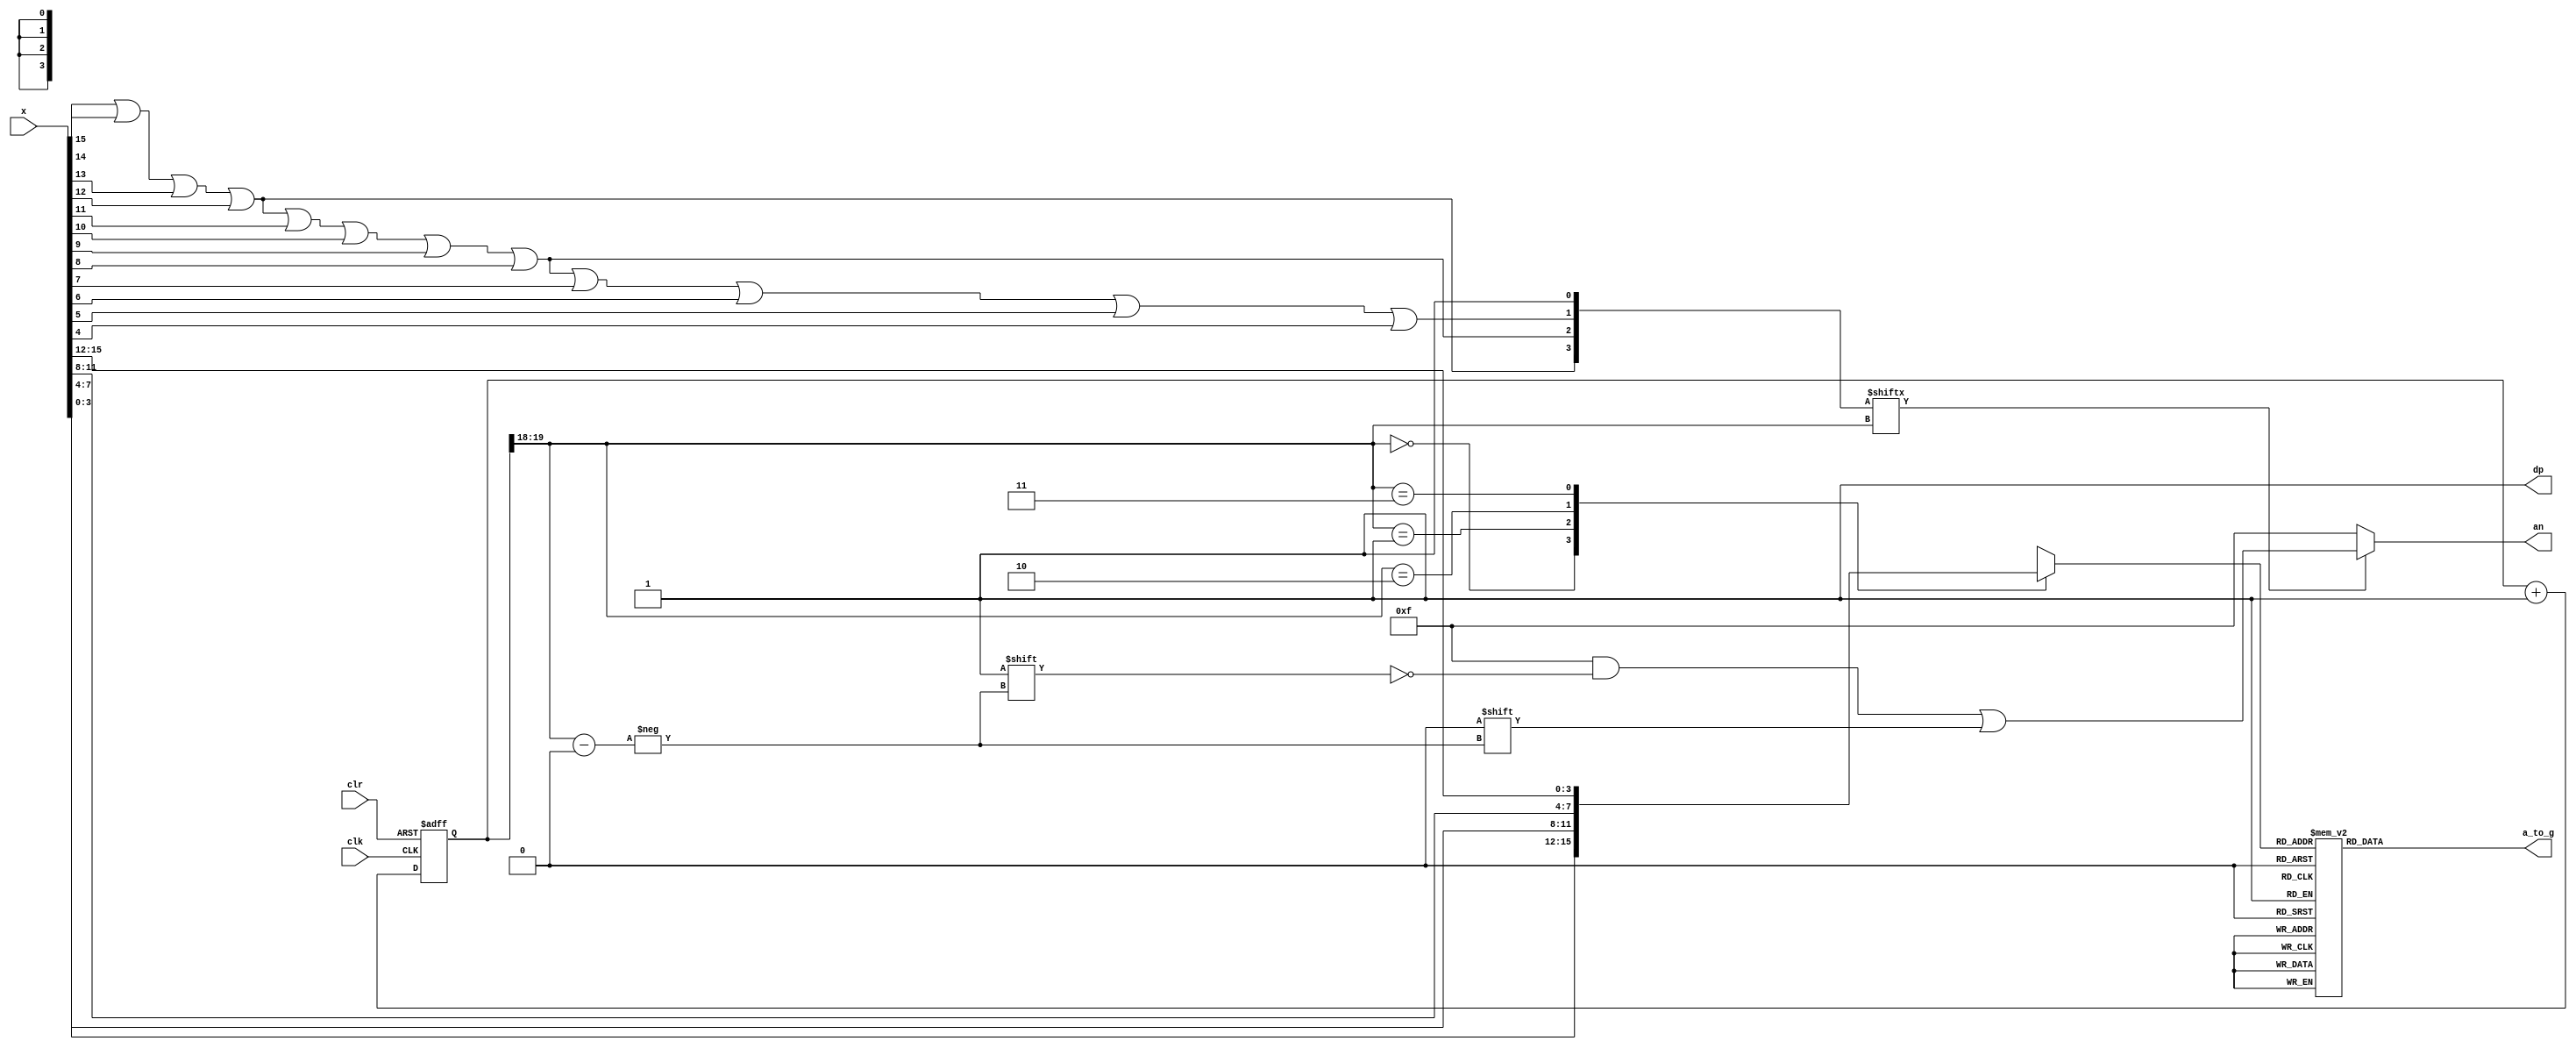
module x7segb(
  input wire [15:0] x,
  input wire clk,
  input wire clr,
  output reg [6:0] a_to_g,
  output reg [3:0] an,
  output wire dp
);
  wire [1:0] s;
  reg [3:0] digit;
  wire [3:0] aen;
  reg [19:0] clkdiv;
  assign dp = 1;
  assign s = clkdiv[19:18];  //count every 5.2ms
  assign aen[3] = x[15]|x[14]|x[13]|x[12];
  assign aen[2] = x[15]|x[14]|x[13]|x[12]|x[11]|x[10]|x[9]|x[8];
  assign aen[1] = x[15]|x[14]|x[13]|x[12]|x[11]|x[10]|x[9]|x[8]|x[7]|x[6]|x[5]|x[4];
  assign aen[0] = 1;
  //4-bits 4mux1
  always @ (*)
    case(s)
      0 : digit = x[3:0];
	  1 : digit = x[7:4];
	  2 : digit = x[11:8];
	  3 : digit = x[15:12];
	  default : digit = x[3:0];
	endcase
  //hex7seg
  always @ (*)
    case(digit)
      0 : a_to_g = 7'b0000001;
	  1 : a_to_g = 7'b1001111;
	  2 : a_to_g = 7'b0010010;
	  3 : a_to_g = 7'b0000110;
	  4 : a_to_g = 7'b1001100;
	  5 : a_to_g = 7'b0100100;
	  6 : a_to_g = 7'b0100000;
	  7 : a_to_g = 7'b0001111;
	  8 : a_to_g = 7'b0000000;
	  9 : a_to_g = 7'b0000100;
	  'hA : a_to_g = 7'b0001000;
	  'hB : a_to_g = 7'b1100000;
	  'hC : a_to_g = 7'b0110001;
	  'hD : a_to_g = 7'b1000010;
	  'hE : a_to_g = 7'b0110000;
	  'hF : a_to_g = 7'b0111000;
	  default : a_to_g = 7'b0000001;  //0
	endcase
  //digit select
  always @ (*)
    begin
	  an = 4'b1111;
	  if(aen[s]==1)
	    an[s] = 0;
	end
  //clock divider
  always @ (posedge clk or posedge clr)
    begin
	  if(clr==1)
	    clkdiv <= 0;
	  else
	    clkdiv <= clkdiv + 1;
	end
endmodule